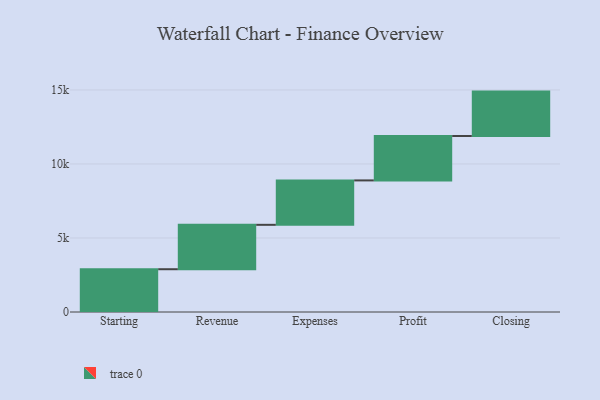
{"axis": {"x": "Step", "y": "Value"}, "legend": [""], "data": [{"x": "Starting", "y": 2890.0, "type": ""}, {"x": "Revenue", "y": 3000, "type": ""}, {"x": "Expenses", "y": 3000, "type": ""}, {"x": "Profit", "y": 3000, "type": ""}, {"x": "Closing", "y": 3000, "type": ""}]}